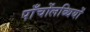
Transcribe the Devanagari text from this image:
पाँचोंलब्धियों